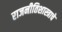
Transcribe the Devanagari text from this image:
राजनीतिशास्त्राचे